Report of veterinary surgeon J.H. Steel, A.V.D., on his investigation into an obscure and fatal disease among transport mules in British Burma
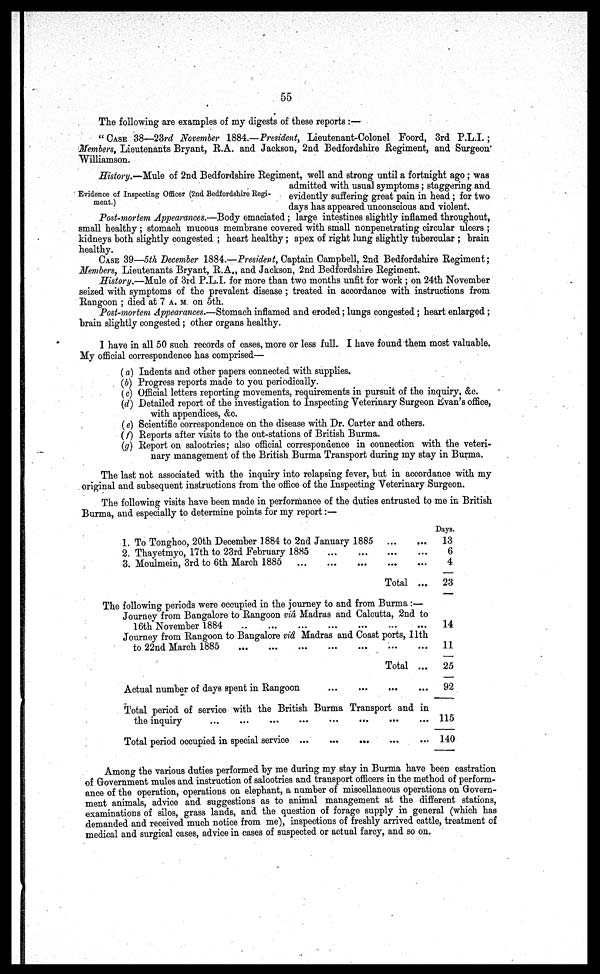
55
The following are examples of my digests of these reports :—
" CASE 38—23rd November 1884.—President, Lieutenant-Colonel Foord, 3rd P.L.I.;
Members, Lieutenants Bryant, E.A. and Jackson, 2nd Bedfordshire Regiment, and Surgeon
Williamson.
History.—Mule of 2nd Bedfordshire Regiment, well and strong until a fortnight ago; was
admitted with usual symptoms : staggering and
evidently suffering great pain in head; for two
days has appeared unconscious and violent.
Evidence of Inspecting Officer (2nd Bedfordshire Regi-
ment.)
Post-mortem Appearances.—Body emaciated ; large intestines slightly inflamed throughout,
small healthy; stomach mucous membrane covered with small nonpenetrating circular ulcers ;
kidneys both slightly congested ; heart healthy; apex of right lung slightly tubercular ; brain
healthy.
CASE 39—5th December 1884.—President, Captain Campbell, 2nd Bedfordshire Regiment;
Members, Lieutenants Bryant, E.A., and Jackson, 2nd Bedfordshire Regiment.
History.—Mule of 3rd P.L.I, for more than two months unfit for work ; on 24th November
seized with symptoms of the prevalent disease ; treated in accordance with instructions from
Rangoon ; died at 7 A.M. on 5th.
Post-mortem Appearances.—Stomach inflamed and eroded; lungs congested; heart enlarged;
brain slightly congested; other organs healthy.
I have in all 50 such records of cases, more or less full. I have found them most valuable.
My official correspondence has comprised—
(a) Indents and other papers connected with supplies.
(b) Progress reports made to you periodically.
(c) Official letters reporting movements, requirements in pursuit of the inquiry, &c.
(d) Detailed report of the investigation to Inspecting Veterinary Surgeon Evan's office,
with appendices, &c.
(e) Scientific correspondence on the disease with Dr. Carter and others.
(f) Reports after visits to the out-stations of British Burma.
(g) Report on salootries; also official correspondence in connection with the veteri-
nary management of the British Burma Transport during my stay in Burma.
The last not associated with the inquiry into relapsing fever, but in accordance with my
original and subsequent instructions from the office of the Inspecting Veterinary Surgeon.
The following visits have been made in performance of the duties entrusted to me in British
Burma, and especially to determine points for my report:—
1. To Tonghoo, 20th December 1884 to 2nd January 1885
2. Thayetmyo, 17th to 23rd February 1885
3. Moulmein, 3rd to 6th March 1885
Total ...
The following periods were occupied in the journey to and from Burma :—
Journey from Bangalore to Rangoon via, Madras and Calcutta, 2nd to
16th November 1884
Journey from Rangoon to Bangalore via Madras and Coast ports, 11th
to 22nd March 1885
Total ...
Actual number of days spent in Rangoon
Total period of service with the British Burma Transport and in
the inquiry
Total period occupied in special service
Days.
13
6
4
23
14
11
25
92
115
140
Among the various duties performed by me during my stay in Burma have been castration
of Government mules and instruction of salootries and transport officers in the method of perform-
ance of the operation, operations on elephant, a number of miscellaneous operations on Govern-
ment animals, advice and suggestions as to animal management at the different stations,
examinations of silos, grass lands, and the question of forage supply in general (which has
demanded and received much notice from me), inspections of freshly arrived cattle, treatment of
medical and surgical cases, advice in cases of suspected or actual faroy, and so on.